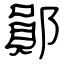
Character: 鄖